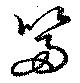
箒